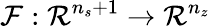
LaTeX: \mathcal{F}:\mathcal{R}^{n_{s}+1}\rightarrow\mathcal{R}^{n_{z}}